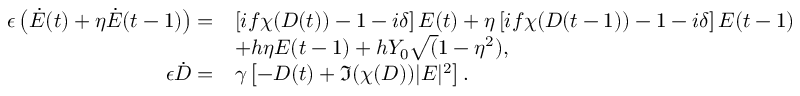
\begin{array} { r l } { \epsilon \left( \dot { E } ( t ) + \eta \dot { E } ( t - 1 ) \right) = } & { \left[ i f \chi ( D ( t ) ) - 1 - i \delta \right] E ( t ) + \eta \left[ i f \chi ( D ( t - 1 ) ) - 1 - i \delta \right] E ( t - 1 ) } \\ & { + h \eta E ( t - 1 ) + h Y _ { 0 } \sqrt ( 1 - \eta ^ { 2 } ) , } \\ { \epsilon \dot { D } = } & { \gamma \left[ - D ( t ) + \Im ( \chi ( D ) ) | E | ^ { 2 } \right] . } \end{array}